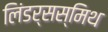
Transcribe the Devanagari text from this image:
लिंडर्सस्मिथ